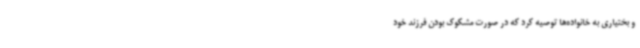
و بختیاری به خانواده‌ها توصیه کرد که در صورت مشکوک بودن فرزند خود